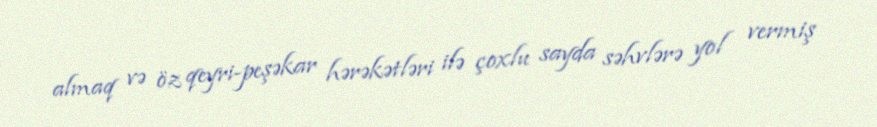
almaq və öz qeyri-peşəkar hərəkətləri ilə çoxlu sayda səhvlərə yol vermiş